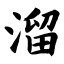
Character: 溜